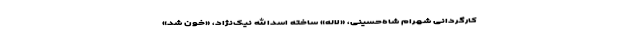
کارگردانی شهرام شاه‌حسینی، «لاله» ساخته اسدالله نیک‌نژاد، «خون شد»